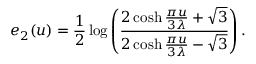
e _ { 2 } ( u ) = \frac { 1 } { 2 } \log \left( \frac { 2 \cosh \frac { \pi u } { 3 \lambda } + \sqrt { 3 } } { 2 \cosh \frac { \pi u } { 3 \lambda } - \sqrt { 3 } } \right) .